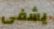
يشفى